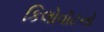
કિલોવૉટનો